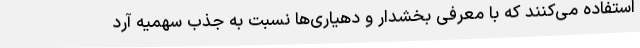
استفاده می‌کنند که با معرفی بخشدار و دهیاری‌ها نسبت به جذب سهمیه آرد